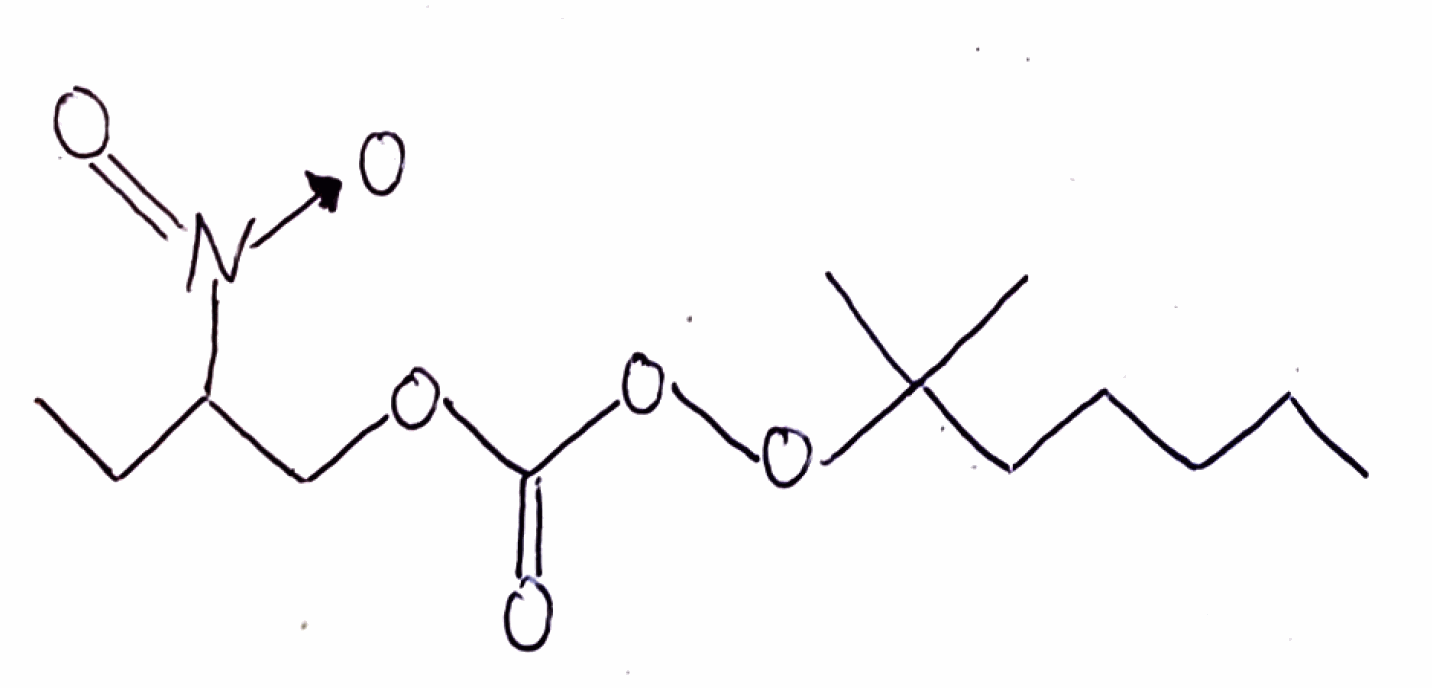
Simplified molecular-input line-entry system (SMILES) notation of the given molecule:
CCCCCC(C)(C)OOC(=O)OCC(CC)[N+](=O)[O-]